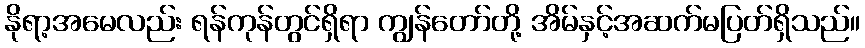
နိုရာ့အမေလည်း ရန်ကုန်တွင်ရှိရာ ကျွန်တော်တို့ အိမ်နှင့်အဆက်မပြတ်ရှိသည်။